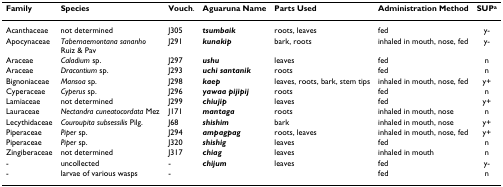
<table><thead><tr><td><b>Family</b></td><td><b>Species</b></td><td><b>Vouch.</b></td><td><b>Aguaruna Name</b></td><td><b>Parts Used</b></td><td><b>Administration Method</b></td><td><b>SUP<sup>a</sup></b></td></tr></thead><tbody><tr><td>Acanthaceae</td><td>not determined</td><td>J305</td><td><b><i>tsumbaik</i></b></td><td>roots, leaves</td><td>fed</td><td>y-</td></tr><tr><td>Apocynaceae</td><td><i>Tabernaemontana sananho </i>Ruiz &amp; Pav</td><td>J291</td><td><b><i>kunakip</i></b></td><td>bark, roots</td><td>inhaled in mouth, nose, fed</td><td>y-</td></tr><tr><td>Araceae</td><td><i>Caladium </i>sp.</td><td>J297</td><td><b><i>ushu</i></b></td><td>leaves</td><td>fed</td><td>n</td></tr><tr><td>Araceae</td><td><i>Dracontium </i>sp.</td><td>J293</td><td><b><i>uchi santanik</i></b></td><td>roots</td><td>fed</td><td>n</td></tr><tr><td>Bignoniaceae</td><td><i>Mansoa </i>sp.</td><td>J298</td><td><b><i>kaep</i></b></td><td>leaves, roots, bark, stem tips</td><td>inhaled in mouth, nose, fed</td><td>y+</td></tr><tr><td>Cyperaceae</td><td><i>Cyperus </i>sp.</td><td>J296</td><td><b><i>yawaa pijipij</i></b></td><td>roots</td><td>fed</td><td>n</td></tr><tr><td>Lamiaceae</td><td>not determined</td><td>J299</td><td><b><i>chiujip</i></b></td><td>leaves</td><td>fed</td><td>y+</td></tr><tr><td>Lauraceae</td><td><i>Nectandra cuneatocordata </i>Mez</td><td>J171</td><td><b><i>mantaga</i></b></td><td>roots</td><td>inhaled in mouth, nose</td><td>n</td></tr><tr><td>Lecythidaceae</td><td><i>Couroupita subsessilis </i>Pilg.</td><td>J68</td><td><b><i>shishim</i></b></td><td>bark</td><td>inhaled in mouth, nose</td><td>y+</td></tr><tr><td>Piperaceae</td><td><i>Piper </i>sp.</td><td>J294</td><td><b><i>ampagpag</i></b></td><td>roots, leaves</td><td>inhaled in mouth, nose, fed</td><td>y+</td></tr><tr><td>Piperaceae</td><td><i>Piper </i>sp.</td><td>J320</td><td><b><i>shishig</i></b></td><td>leaves</td><td>fed</td><td>n</td></tr><tr><td>Zingiberaceae</td><td>not determined</td><td>J317</td><td><b><i>chiag</i></b></td><td>leaves</td><td>inhaled in mouth</td><td>n</td></tr><tr><td>-</td><td>uncollected</td><td>-</td><td><b><i>chijum</i></b></td><td>leaves</td><td>fed</td><td>y-</td></tr><tr><td>-</td><td>larvae of various wasps</td><td>-</td><td></td><td></td><td>fed</td><td>n</td></tr></tbody></table>